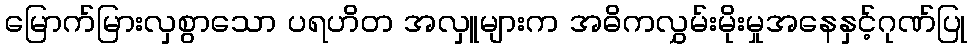
မြောက်မြားလှစွာသော ပရဟိတ အလှူများက အဓိကလွှမ်းမိုးမှုအနေနှင့်ဂုဏ်ပြု